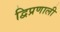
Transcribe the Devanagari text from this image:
द्विप्रणाली